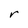
Character: r